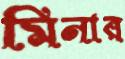
মিনার